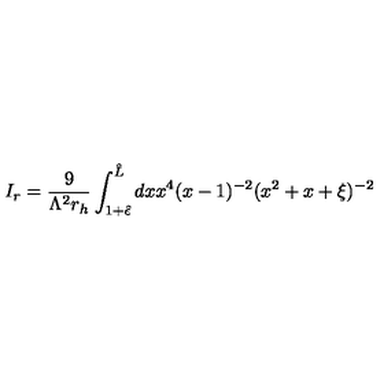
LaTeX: I _ { r } = \frac { 9 } { \Lambda ^ { 2 } r _ { h } } \int _ { 1 + { \hat { \epsilon } } } ^ { { \hat { L } } } d x x ^ { 4 } ( x - 1 ) ^ { - 2 } ( x ^ { 2 } + x + \xi ) ^ { - 2 }